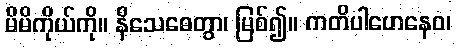
မိမိကိုယ်ကို။ နိသေဓေတွာ၊ မြစ်၍။ ကတိပါဟေနေဝ၊